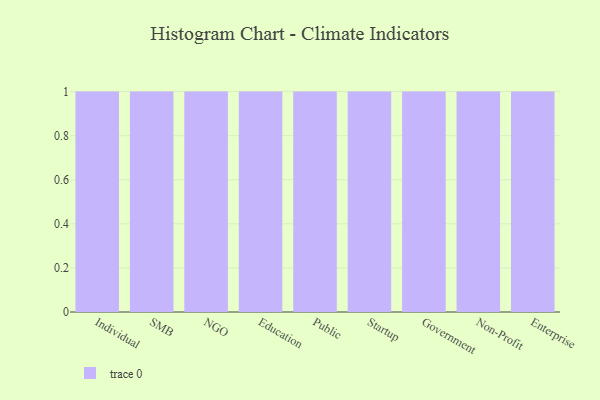
{"axis": {"x": "Segment", "y": "Backlog"}, "legend": [""], "data": [{"x": "Individual", "y": 11, "type": ""}, {"x": "SMB", "y": 50, "type": ""}, {"x": "NGO", "y": 64, "type": ""}, {"x": "Education", "y": 77, "type": ""}, {"x": "Public", "y": 51, "type": ""}, {"x": "Startup", "y": 1, "type": ""}, {"x": "Government", "y": 28, "type": ""}, {"x": "Non-Profit", "y": 36, "type": ""}, {"x": "Enterprise", "y": 13, "type": ""}]}